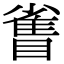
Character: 𪾻